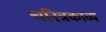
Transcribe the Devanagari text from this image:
चरित्रकाव्य